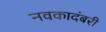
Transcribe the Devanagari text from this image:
नवकादंबरी